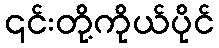
၎င်းတို့ကိုယ်ပိုင်